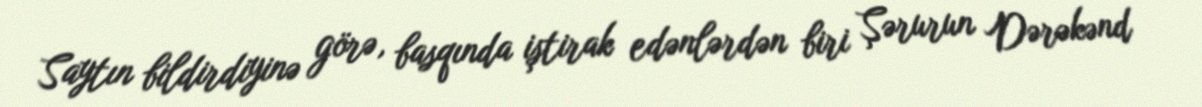
Saytın bildirdiyinə görə, basqında iştirak edənlərdən biri Şərurun Dərəkənd